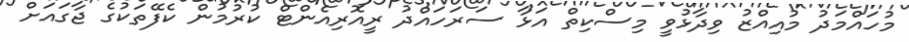
މުހައްމަދު މުއިއްޒު ވިދާޅުވީ މިސްކިތް އަޅާ ސަރަހައްދު ރީއޮރިއެންޓް ކުރުމުން ކެފޭތަކުގެ ޖާގައަށް